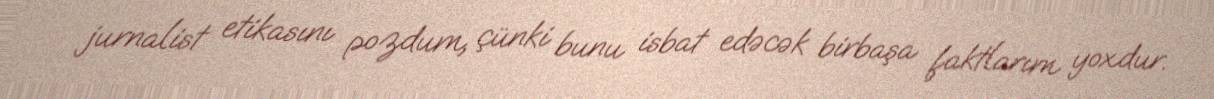
jurnalist etikasını pozdum, çünki bunu isbat edəcək birbaşa faktlarım yoxdur.